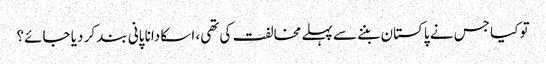
تو کیا جس نے پاکستان بننے سے پہلے مخالفت کی تھی، اسکا دانا پانی بند کر دیا جائے؟